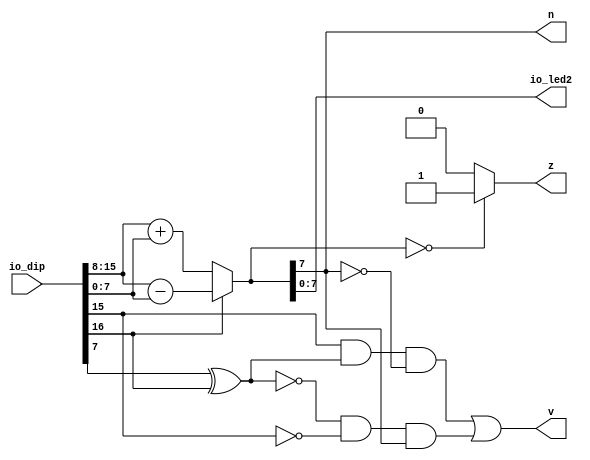
module add_6 (
    output reg [7:0] io_led2,
    input [23:0] io_dip,
    output reg z,
    output reg v,
    output reg n
  );
  
  
  
  reg [8:0] result;
  
  always @* begin
    if (io_dip[16+0+0-:1] == 1'h0) begin
      result = io_dip[8+7-:8] + io_dip[0+7-:8];
    end else begin
      result = io_dip[8+7-:8] - io_dip[0+7-:8];
    end
    io_led2 = result[0+7-:8];
    if (result == 1'h0) begin
      z = 1'h1;
    end else begin
      z = 1'h0;
    end
    v = (io_dip[8+7+0-:1] & (io_dip[0+7+0-:1] ^ io_dip[16+0+0-:1]) & (~result[7+0-:1])) | ((~(io_dip[0+7+0-:1] ^ io_dip[16+0+0-:1])) & (~io_dip[8+7+0-:1]) & result[7+0-:1]);
    n = result[7+0-:1];
  end
endmodule